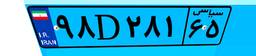
۴۲D۴۷۴۳۴